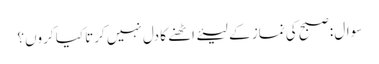
سوال :صبح کی نماز کے لیئے اٹھنے کا دل نہیں کرتا کیا کروں؟